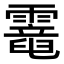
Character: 𩆇